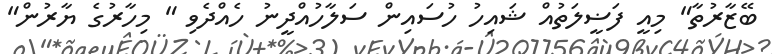
ބޭޒާރުތާ" މިއީ ފަޟީލަތުއް ޝައިހު ހުސައިން ސަލާހުއްދީނު ހެއްދެވި " މިހާރުގެ ޔާރުން"